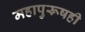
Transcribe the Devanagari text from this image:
महापुरूषही